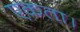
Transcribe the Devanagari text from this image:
एकता।